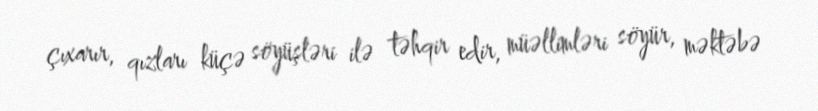
çıxarır, qızları küçə söyüşləri ilə təhqir edir, müəllimləri söyür, məktəbə